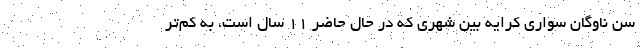
سن ناوگان سواری کرایه بین شهری که در حال حاضر ۱۱ سال است، به کم‌تر